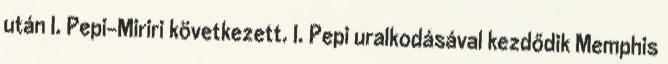
után I. Pepi-Miriri következett. I. Pepi uralkodásával kezdődik Memphis